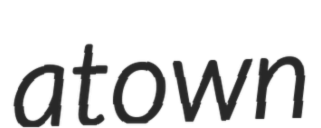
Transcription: a town